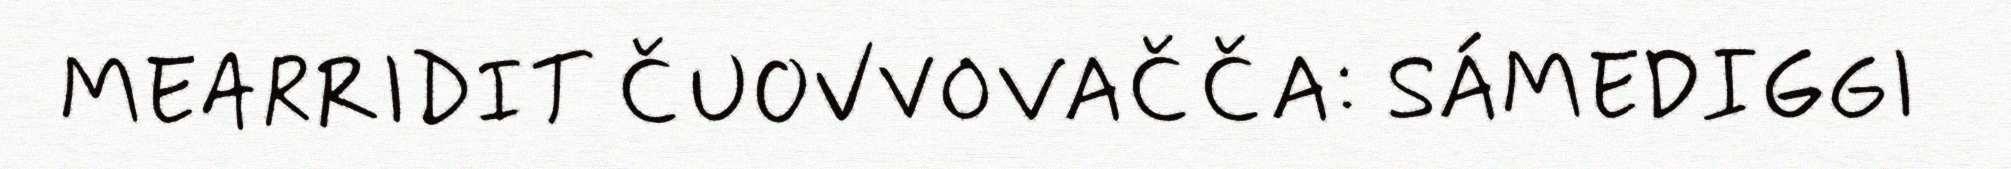
MEARRIDIT ČUOVVOVAČČA: SÁMEDIGGI